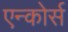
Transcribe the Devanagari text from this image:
एन्कोर्स